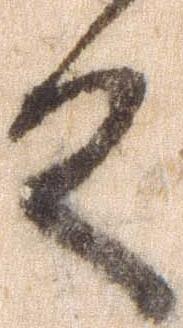
殿